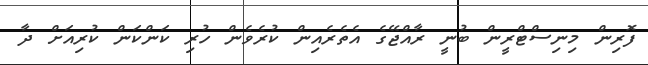
ފޮރިން މިނިސްޓްރީން ބުނީ ރާއްޖޭގެ އެތެރެއިން ކުރެވެން ހުރި ކަންކަން ކުރިއަށް ދާ